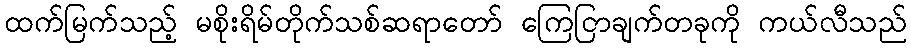
ထက်မြက်သည့် မစိုးရိမ်တိုက်သစ်ဆရာတော် ကြေငြာချက်တခုကို ကယ်လီသည်